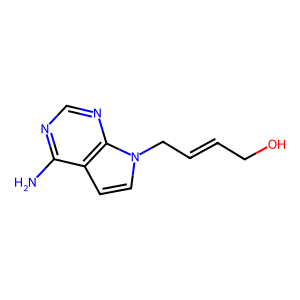
SMILES: Nc1ncnc2c1ccn2CC=CCO
Inhibits HIV replication: No